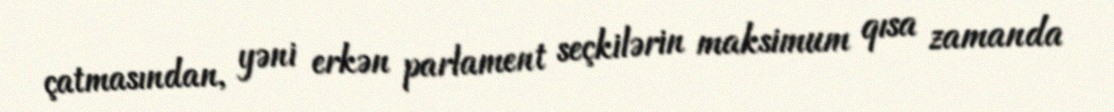
çatmasından, yəni erkən parlament seçkilərin maksimum qısa zamanda